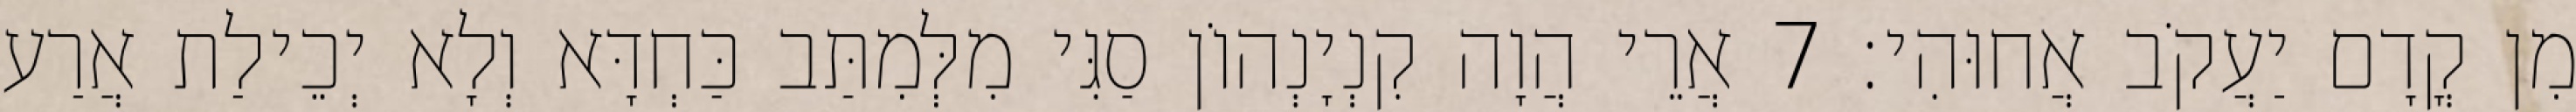
מִן קֳדָם יַעֲקֹב אֲחוּהִי׃ 7 אֲרֵי הֲוָה קִנְיָנְהוֹן סַגִּי מִלְּמִתַּב כַּחְדָּא וְלָא יְכֵילַת אֲרַע